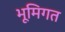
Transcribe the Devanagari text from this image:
भूमिगत